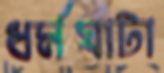
ধর্মঘাটা